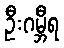
ဦးဂမ္ဘီရ